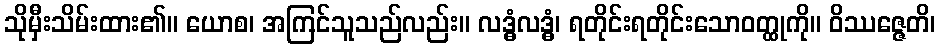
သိုမှီးသိမ်းထား၏။ ယောစ၊ အကြင်သူသည်လည်း။ လဒ္ဓံလဒ္ဓံ၊ ရတိုင်းရတိုင်းသောဝတ္ထုကို။ ဝိဿဇ္ဇေတိ၊